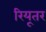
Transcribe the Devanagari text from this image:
रियूतर